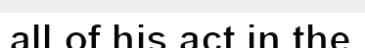
all of his act in the